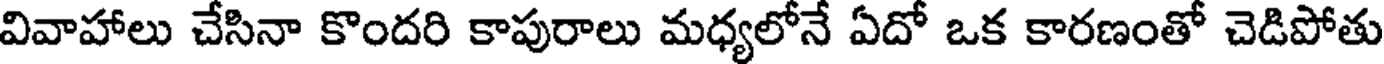
వివాహాలు చేసినా కొందరి కాపురాలు మధ్యలోనే ఏదో ఒక కారణంతో చెడిపోతు